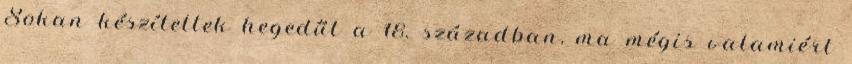
Sokan készítettek hegedűt a 18. században, ma mégis valamiért